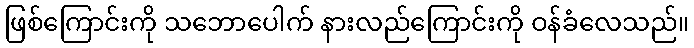
ဖြစ်ကြောင်းကို သဘောပေါက် နားလည်ကြောင်းကို ဝန်ခံလေသည်။